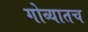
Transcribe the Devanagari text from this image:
गोव्यातच